Report on vaccination in Madras 1895-1903 - 1895-1903
Year: 1895
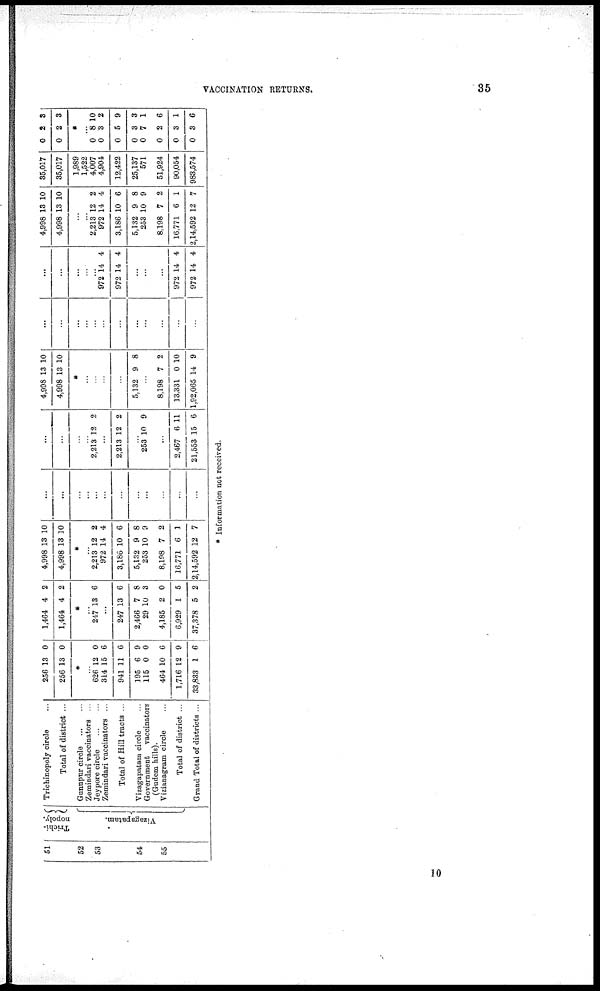
VACCINATION RETURNS.
35
51
52
53
54
55
Trichi¬
nopoly.
Vizagapatam.
Trichinopoly circle ...
Total of district ...
Gunupur circle
...
...
Zemindari vaccinators ...
Jeypore circle ... ...
Zemindari vaccinators ...
Total of Hill tracts ...
Vizagapatam circle ...
Government
vaccinators
(Gudem hills).
Vizianagram circle ...
Total of district ...
Grand Total of districts ...
256
256
13
13
0
0
*
...
626
314
941
195
115
464
1,716
33,833
12
15
11
6
0
10
12
1
0
6
6
9
0
6
9
6
1,464
1,464
4
4
2
2
*
...
247 13 6
...
247
2,466
29
4,185
6,929
37,378
13
7
10
2
1
5
6
8
3
0
5
2
4,998
4,998
13
13
10
10
*
...
2,213
972
3,186
5,132
253
8,198
16,771
2,14,592
12
14
10
9
10
7
6
12
2
4
6
8
9
2
1
7
...
...
...
...
...
...
...
...
...
...
...
...
...
...
...
...
2,213 12 2
...
2,213 12 2
...
253 10 9
...
2,467
21,553
6
15
11
6
4,998
4,998
13
13
10
10
*
...
...
...
...
5,132 9 8
...
8,198
13,331
1,92,065
7
0
14
2
10
9
...
...
...
...
...
...
...
...
...
...
...
...
...
...
...
...
...
972
972
14
14
4
4
...
...
...
972
972
14
14
4
4
4,998
4,998
13
13
10
10
...
...
2,213
972
3,186
5,132
253
8,198
16,771
2,14,592
12
14
10
9
10
7
6
12
2
4
6
8
9
2
1
7
35,017
35,017
1,989
1,522 4,007
4,904
12,422
25,137
571
51,924
90,054
983,574
0
0
2
2
3
3
*
...
0
0
0
0
0
0
0
0
8 3
5
3
7
2
3
3
10
2
9
3
1
6
1
6
* Information not received.
10